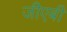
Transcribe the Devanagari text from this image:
जीएबी